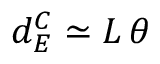
d _ { E } ^ { C } \simeq L \, \theta